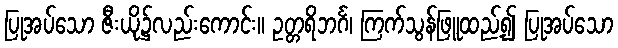
ပြုအပ်သော ဇီးယို၌လည်းကောင်း။ ဥတ္တရိဘင်္ဂ၊ ကြက်သွန်ဖြူထည့်၍ ပြုအပ်သော